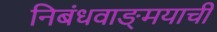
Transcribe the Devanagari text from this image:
निबंधवाङ्‌मयाची